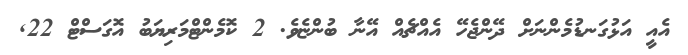
އެއީ އަޅުގަނޑުމެންނަށް ދޭންޖެހޭ އެއްޗެއް އޭނާ ބުންޏެވެ. 2 ކޮމެންޓްމަރިޔަބު އޮގަސްޓް 22